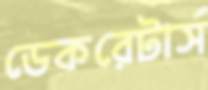
ডেকরেটার্স